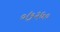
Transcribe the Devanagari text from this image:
०७२६०